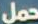
حمل